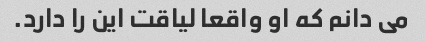
می دانم که او واقعا لیاقت این را دارد.